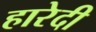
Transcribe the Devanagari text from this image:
हारेदी